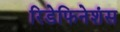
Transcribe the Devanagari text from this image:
रिडेफिनेशंस